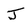
Character: J